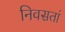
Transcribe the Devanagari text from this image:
निवसतां